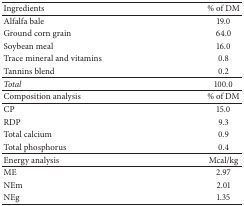
| Ingredients | % of DM |
 | --- | --- |
 | Alfalfa bale | 19.0 |
 | Ground corn grain | 64.0 |
 | Soybean meal | 16.0 |
 | Trace mineral and vitamins | 0.8 |
 | Tannins blend | 0.2 |
 | Total | 100.0 |
 | Composition analysis | % of DM |
 | CP | 15.0 |
 | RDP | 9.3 |
 | Total calcium | 0.9 |
 | Total phosphorus | 0.4 |
 | Energy analysis | Mcal/kg |
 | ME | 2.97 |
 | NEm | 2.01 |
 | NEg | 1.35 |